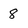
Character: 8